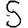
Digit: 5